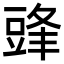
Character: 𮙔